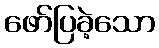
ဖော်ပြခဲ့သော